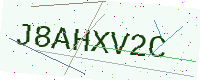
Text: J8AHXV2C